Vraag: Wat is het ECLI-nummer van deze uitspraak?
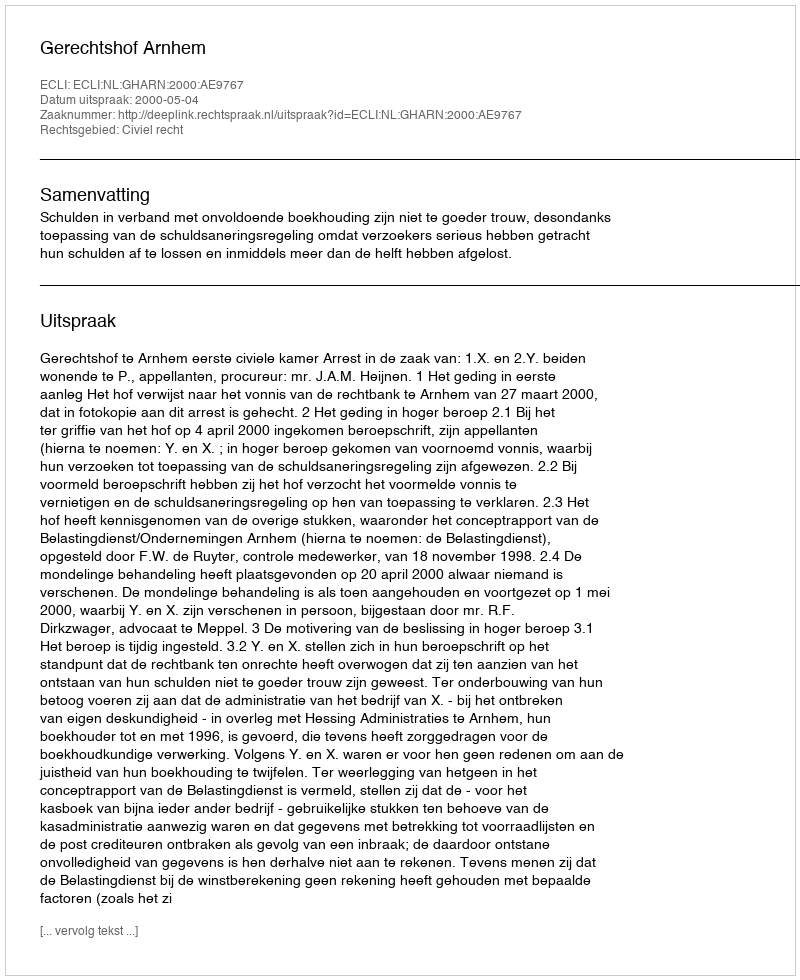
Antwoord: ECLI:NL:GHARN:2000:AE9767